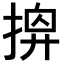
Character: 𢰘